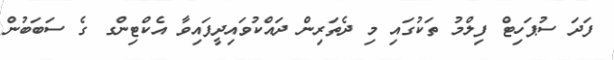
ފަދަ ސުޕަހިޓް ފިލްމު ތަކުގައި މި ދެތަރިން ދައްކުވައިދީފައިވާ އެކްޓިންގ ގެ ސަބަބުން